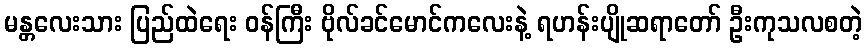
မန္တလေးသား ပြည်ထဲရေး ဝန်ကြီး ဗိုလ်ခင်မောင်ကလေးနဲ့ ရဟန်းပျိုဆရာတော် ဦးကုသလစတဲ့